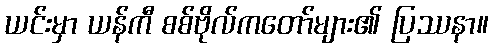
ယင်းမှာ ယန်ကီ စစ်ဗိုလ်ကတော်များ၏ ပြဿနာ။